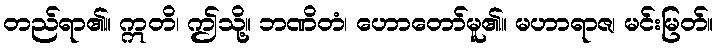
တည်ရာ၏။ ဣတိ၊ ဤသို့။ ဘဏိတံ၊ ဟောတော်မူ၏။ မဟာရာဇ၊ မင်းမြတ်။